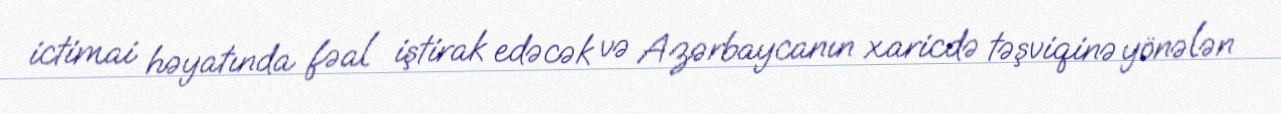
ictimai həyatında fəal iştirak edəcək və Azərbaycanın xaricdə təşviqinə yönələn